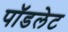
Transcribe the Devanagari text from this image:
पॉडलेट